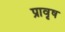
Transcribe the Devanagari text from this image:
प्रावृष